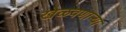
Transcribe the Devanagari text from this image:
खेळवणाऱ्या